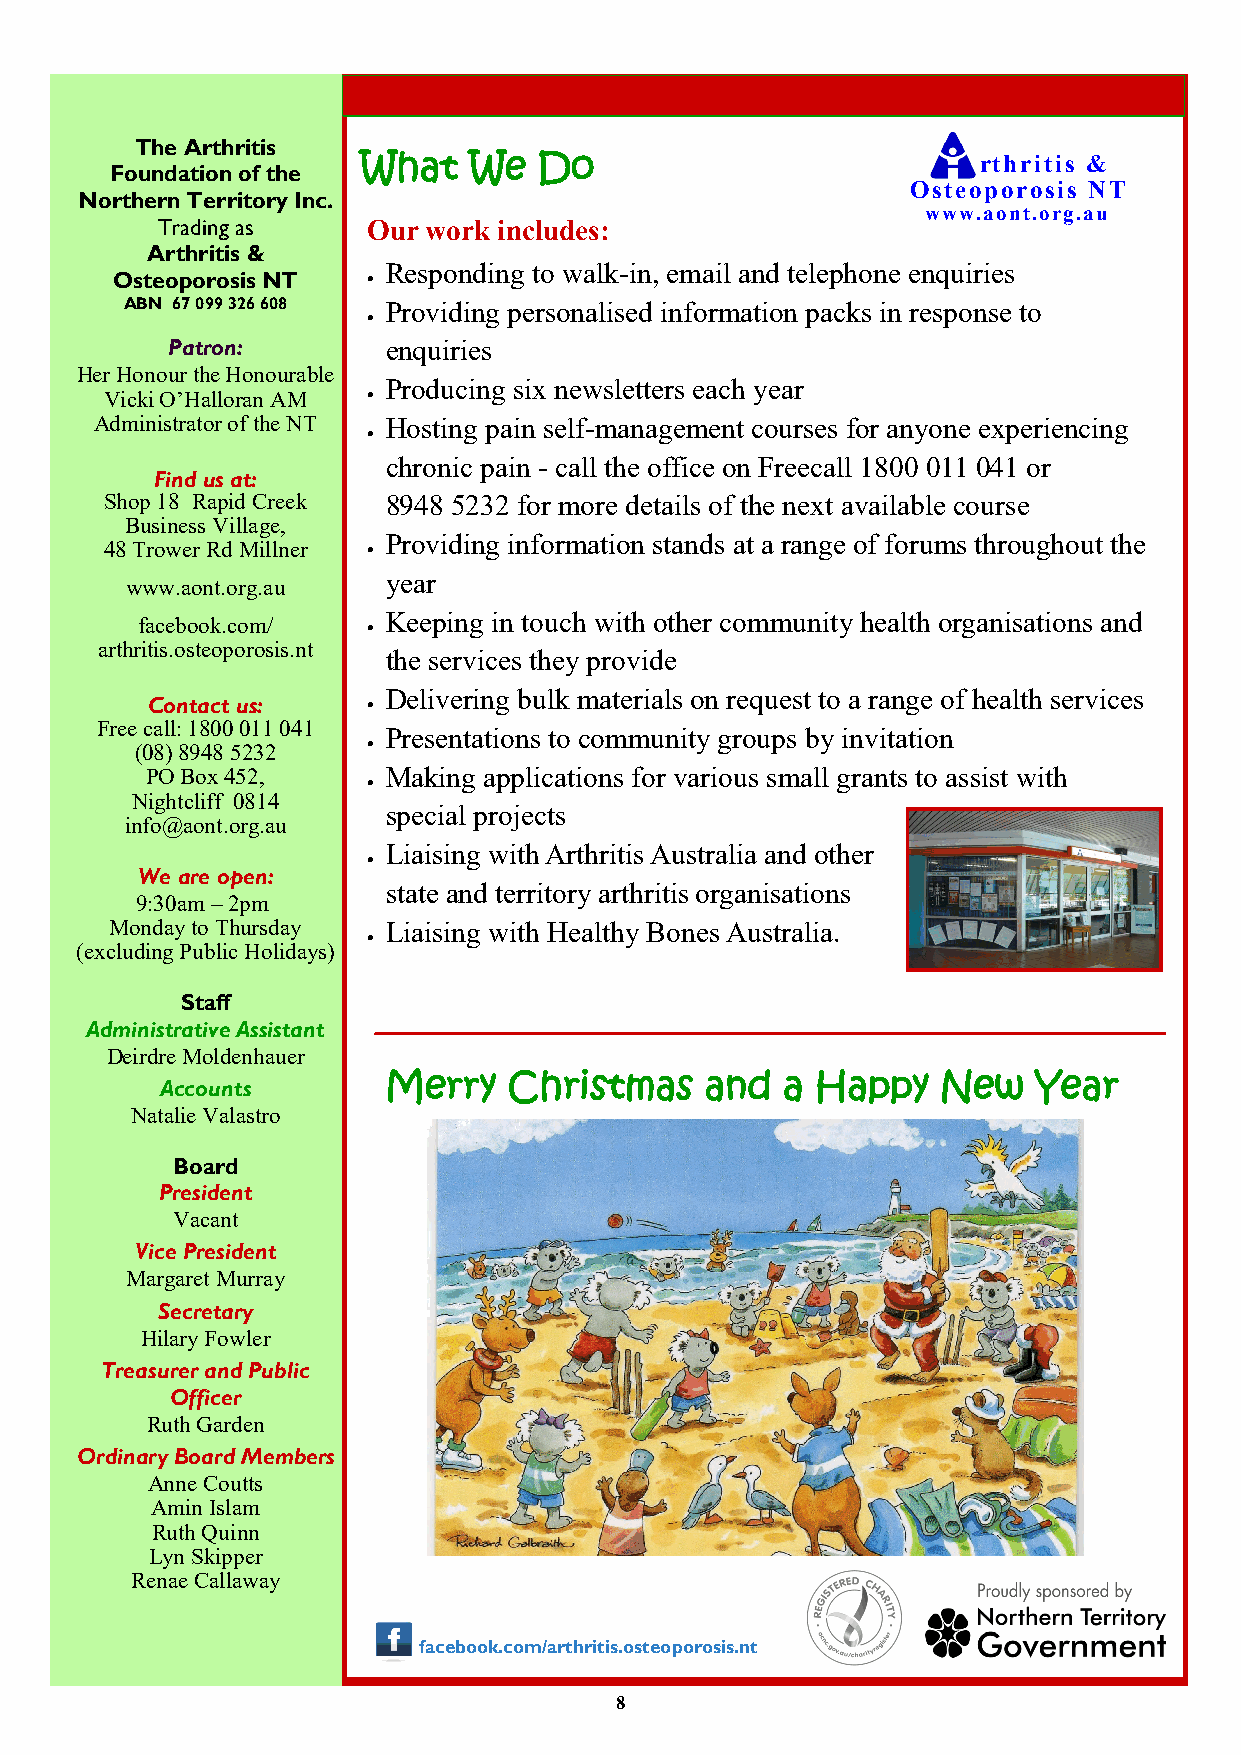
The Arthritis
 What   We   Do                           rthritis &
 Foundation of the
 Osteoporosis NT
 Northern Territory Inc.
 www.aont.org.au
 Trading as    Our work includes:
 Arthritis &
 Responding to walk-in, email and telephone enquiries
 Osteoporosis NT 
 ABN 67 099 326 608 Providing personalised information packs in response to
 
 Patron:        enquiries
 Her Honour the Honourable
 Producing six newsletters each year
 Vicki O’Halloran AM 
 Administrator of the NT Hosting pain self-management courses for anyone experiencing
 
 chronic pain - call the office on Freecall 1800 011 041 or
 Find us at:
 Shop 18 Rapid Creek 8948 5232 for more details of the next available course
 Business Village,
 Providing information stands at a range of forums throughout the
 48 Trower Rd Millner 
 year
 www.aont.org.au
 facebook.com/   Keeping in touch with other community health organisations and
 arthritis.osteoporosis.nt
 the services they provide
 Delivering bulk materials on request to a range of health services
 Contact us:   
 Free call: 1800 011 041
 Presentations to community groups by invitation
 (08) 8948 5232 
 PO Box 452,     Making applications for various small grants to assist with
 
 Nightcliff 0814
 special projects
 info@aont.org.au
 Liaising with Arthritis Australia and other
 
 We are open:
 state and territory arthritis organisations
 9:30am – 2pm
 Monday to Thursday Liaising with Healthy Bones Australia.
 
 (excluding Public Holidays)
 Staff
 Administrative Assistant
 Deirdre Moldenhauer
 Accounts      Merry    Christmas    and  a Happy   New   Year
 Natalie Valastro
 Board
 President
 Vacant
 Vice President
 Margaret Murray
 Secretary
 Hilary Fowler
 Treasurer and Public
 Officer
 Ruth Garden
 Ordinary Board Members
 Anne Coutts
 Amin Islam
 Ruth Quinn
 Lyn Skipper
 Renae Callaway
 facebook.com/arthritis.osteoporosis.nt
 8